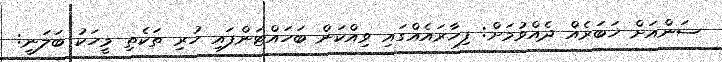
ސަންއަށް ޚަބަރެއް ދެއްވުމަށް: ފިހާރައެއްގައި ވިއްކަން ބަހައްޓަންފައި ހުރި ތަކެތި މީހަކު ބަލަނީ: